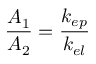
\frac { A _ { 1 } } { A _ { 2 } } = \frac { k _ { e p } } { k _ { e l } }